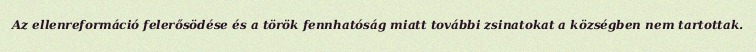
Az ellenreformáció felerősödése és a török fennhatóság miatt további zsinatokat a községben nem tartottak.